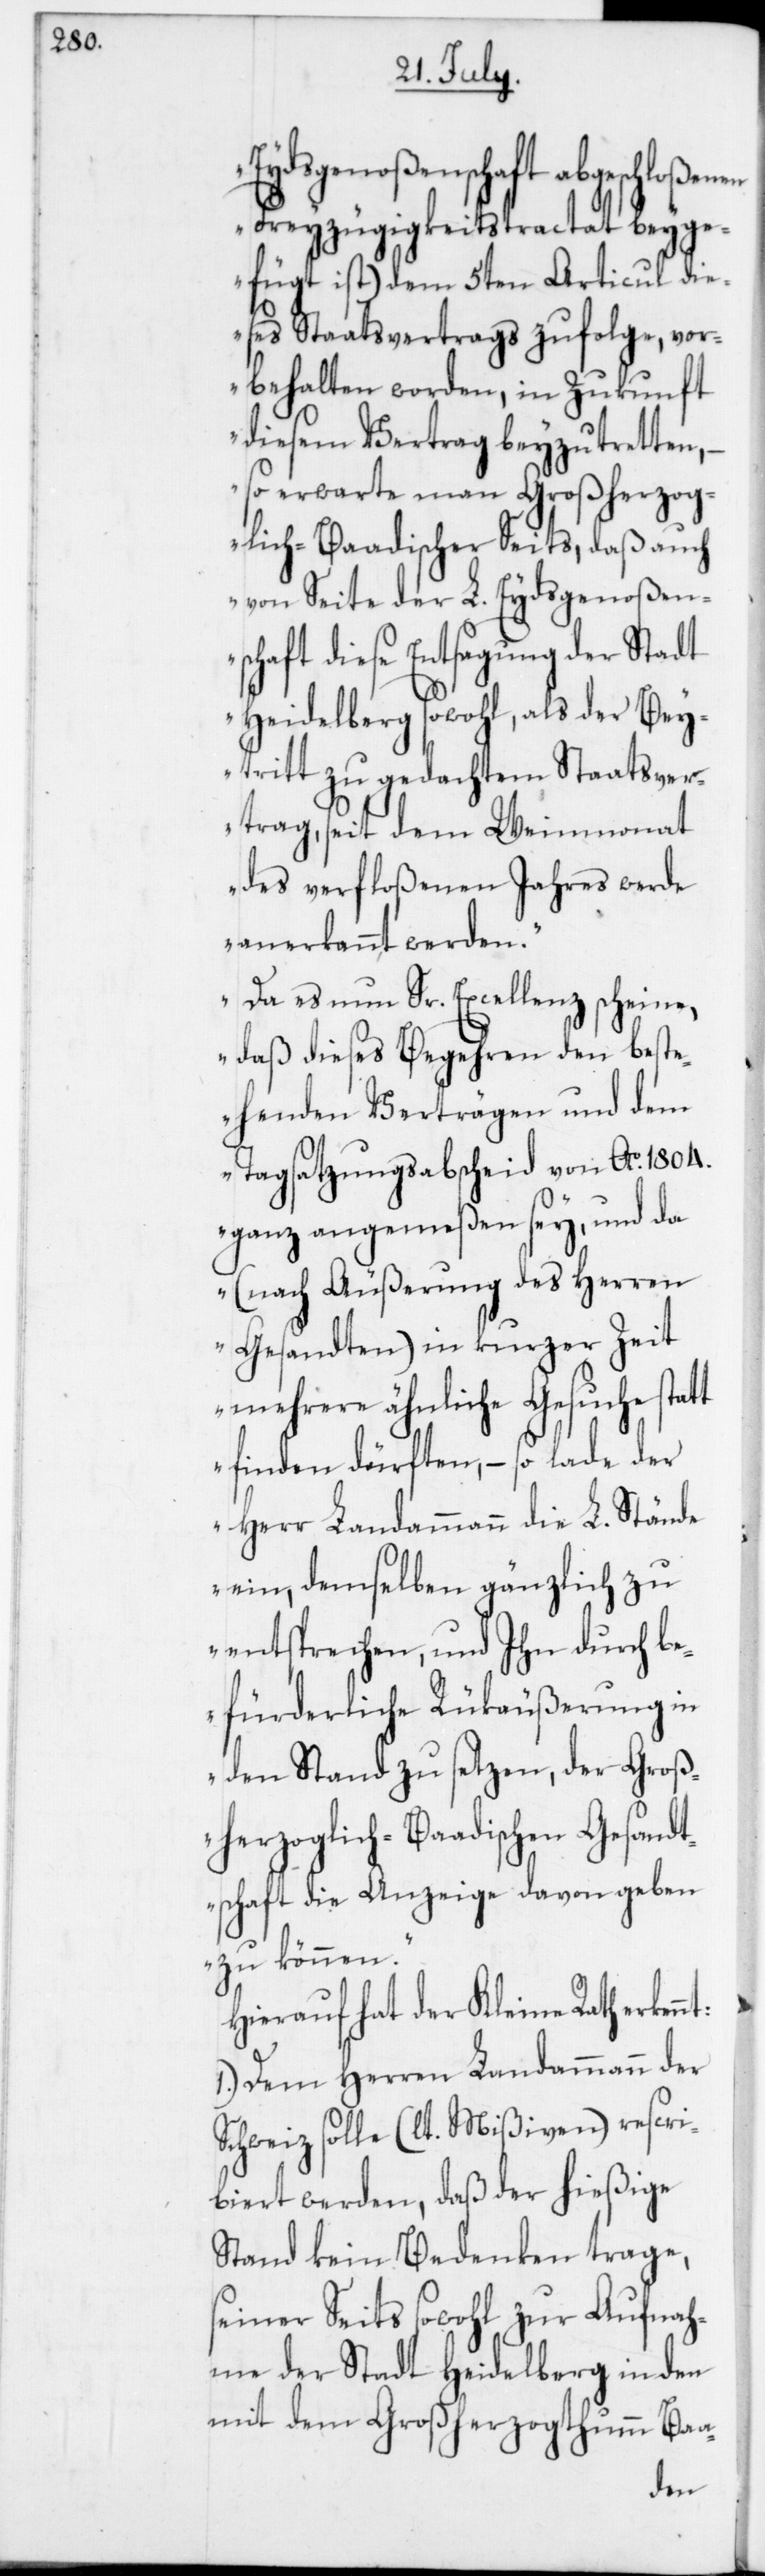
Eydsgenoßenschaft abgeschloßen¬
Freyzügigkeitstractat beyge¬
fügt ist) dem 5ten Articul die¬
ses Staatsvertrags zufolge, vor¬
behalten worden, in Zukunft
diesem Vertrag beyzutretten, –
so erwarte man Großherzog¬
lich-Baadischer Seits, daß auch
von Seite der L. Eydsgenoßen¬
schaft diese Entsagung der Stadt
Heidelberg sowohl, als der Bey¬
tritt zu gedachtem Staatsver¬
trag, seit dem Weinmonat
des verfloßenen Jahres werde
anerkannt werden.
Da es nun Sr. Excellenz scheine,
daß dieses Begehren den best¬
ehenden Verträgen und dem
Tagsatzungsabscheid von Ao 1804.
ganz angemeßen sey, und da
(nach Äußerung des Herren
Gesandten) in kurzer Zeit
mehrere ähnliche Gesuche stat¬
t finden dürften, – so lade der
Herr Landammann die L. Stände
ein, demselben gänzlich zu
entsprechen, und Ihn durch be¬
fürderliche Rückäußerung in
den Stand zu setzen, der Groß¬
herzoglich-Baadischen Gesandt¬
schaft die Anzeige davon geben
zu können.“
Hierauf hat der Kleine Rath erk¬
1. Dem Herren Landammann der
Schweiz solle (lt. Mißiven) rescri¬
biert werden, daß der hießige
Stand kein Bedenken trage,
seiner Seits sowohl zur Aufnah¬
me der Stadt Heidelberg in den
mit dem Großherzogthumm Baa-
ennt: